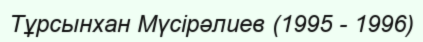
Тұрсынхан Мүсірәлиев (1995 - 1996)